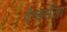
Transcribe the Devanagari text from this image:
वॅन्डर्सेला